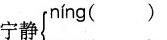
宁静 níng ()